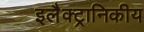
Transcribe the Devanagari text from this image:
इलैक्ट्रानिकीय